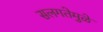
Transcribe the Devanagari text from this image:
सलगतेमुळे